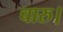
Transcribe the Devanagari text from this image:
चारु।